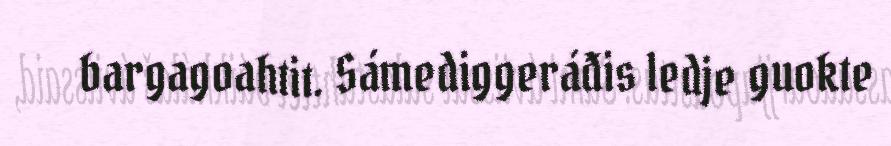
bargagoahtit. Sámediggeráđis ledje guokte